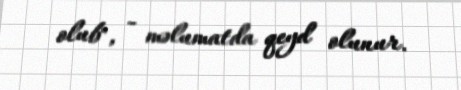
olub", - məlumatda qeyd olunur.